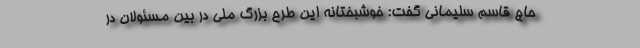
حاج قاسم سلیمانی گفت: خوشبختانه این طرح بزرگ ملی در بین مسئولان در